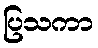
ပြသကာ